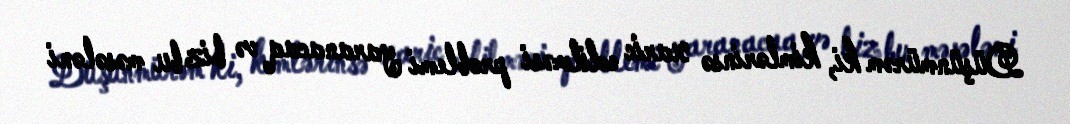
Düşünmürəm ki, kimlərinsə xaric edilməsi problemi yaranacaq və biz bu məsələni